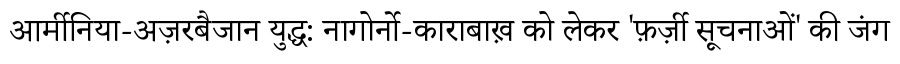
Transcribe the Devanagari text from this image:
आर्मीनिया-अज़रबैजान युद्ध: नागोर्नो-काराबाख़ को लेकर 'फ़र्ज़ी सूचनाओं' की जंग